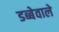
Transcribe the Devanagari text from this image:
डब्बेवाले